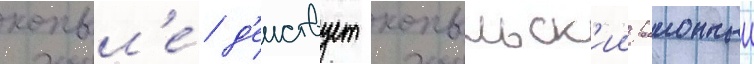
копыл'е́ д'еиствует копыльск'ии раионныи